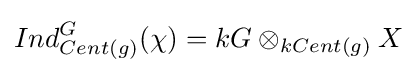
Ind_{Cent(g)}^{G}(\chi )=kG\otimes _{kCent(g)}X